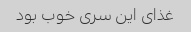
غذای این سری خوب بود